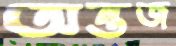
অন্তজ